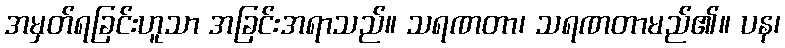
အမှတ်ရခြင်းဟူသာ အခြင်းအရာသည်။ သရဏတာ၊ သရဏတာမည်၏။ ပန၊